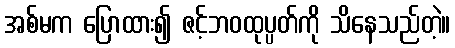
အစ်မက ပြောထား၍ ဇင့်ဘဝထုပ္ပတ်ကို သိနေသည်တဲ့။